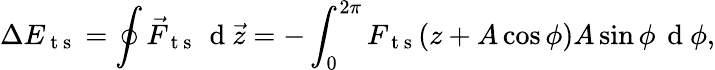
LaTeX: \Delta E_{\mathrm{~t~s~}}=\oint\vec{F}_{\mathrm{~t~s~}}\, \mathrm{~d~}\vec{z}=-\int_{0}^{2\pi}F_{\mathrm{~t~s~}}(z+A\cos{\phi})A\sin{\phi}\, \mathrm{~d~}\phi,